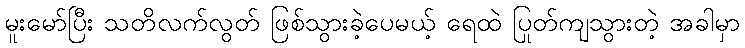
မူးမော်ပြီး သတိလက်လွတ် ဖြစ်သွားခဲ့ပေမယ့် ရေထဲ ပြုတ်ကျသွားတဲ့ အခါမှာ